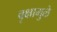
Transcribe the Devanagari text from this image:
वृक्षामुळे